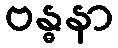
ဗန္ဓနာ